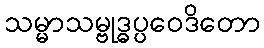
သမ္မာသမ္ဗုဒ္ဓပ္ပဝေဒိတော